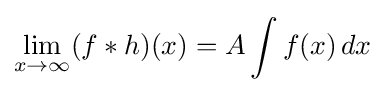
\lim _{x\to \infty }(f*h)(x)=A\int f(x)\,dx